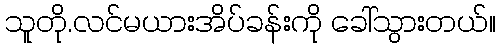
သူတို.လင်မယားအိပ်ခန်းကို ခေါ်သွားတယ်။